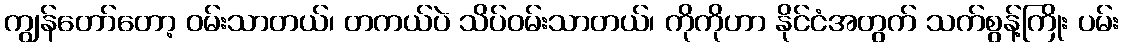
ကျွန်တော်တော့ ဝမ်းသာတယ်၊ တကယ်ပဲ သိပ်ဝမ်းသာတယ်၊ ကိုကိုဟာ နိုင်ငံအတွက် သက်စွန့်ကြိုး ပမ်း